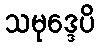
သမုဒ္ဒေပိ